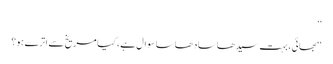
‘‘
‘‘بھائی، بہت سیدھا سادھا سا سوال ہے، کیا مریخ سے اترے ہو؟